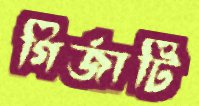
গির্জাটি